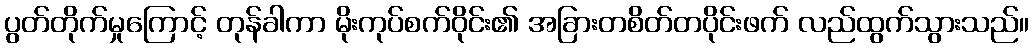
ပွတ်တိုက်မှုကြောင့် တုန်ခါကာ မိုးကုပ်စက်ဝိုင်း၏ အခြားတစိတ်တပိုင်းဖက် လည်ထွက်သွားသည်။